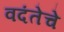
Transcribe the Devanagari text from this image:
वदंतेचे